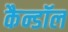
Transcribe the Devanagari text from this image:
कैन्डॉल